Annual report of the Bengal Veterinary College and of the Civil Veterinary Department, Bengal, for the year 1918-19 - 1918-1919
Year: 1918
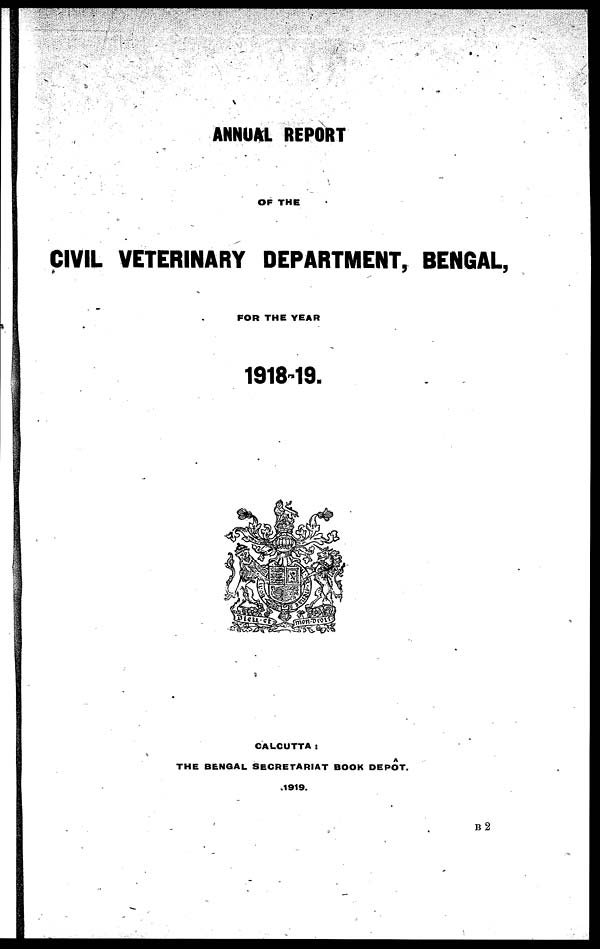
ANNUAL REPORT
OF THE
CIVIL VETERINARY DEPARTMENT, BENGAL,
FOR THE YEAR
1918-19.
CALCUTTA:
THE BENGAL SECRETARIAT BOOK DEPÔT.
1919.
B2